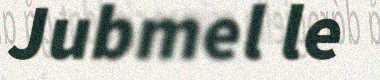
Jubmel le